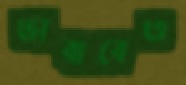
ভাবাবেও